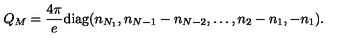
Q _ { M } = { \frac { 4 \pi } { e } } \mathrm { d i a g } ( n _ { N _ { 1 } } , n _ { N - 1 } - n _ { N - 2 } , \dots , n _ { 2 } - n _ { 1 } , - n _ { 1 } ) .